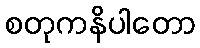
စတုကနိပါတော